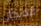
المكان